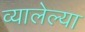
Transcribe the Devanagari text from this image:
व्यालेल्या